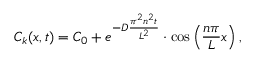
C _ { k } ( x , t ) = C _ { 0 } + e ^ { - D \frac { \pi ^ { 2 } n ^ { 2 } t } { L ^ { 2 } } } \cdot \cos \left( \frac { n \pi } { L } x \right) ,